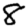
Digit: 8